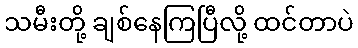
သမီးတို့ ချစ်နေကြပြီလို့ ထင်တာပဲ